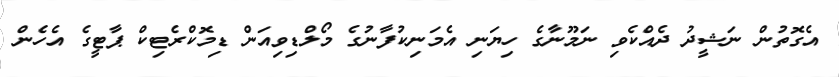
އެގޮތުން ނަޝީދު ދެއްކެވި ނަމޫނާގެ ހިޔަނި އެމަނިކުފާނުގެ މޯލްޑިވިއަން ޑިމޮކްރެޓިކް ޕާޓީގެ އެހެން